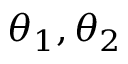
\theta _ { 1 } , \theta _ { 2 }